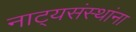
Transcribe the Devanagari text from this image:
नाट्यसंस्थांना